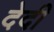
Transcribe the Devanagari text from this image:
देदी